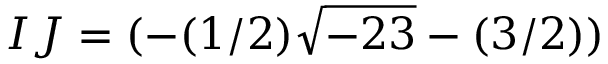
I J = ( - ( 1 / 2 ) { \sqrt { - 2 3 } } - ( 3 / 2 ) )